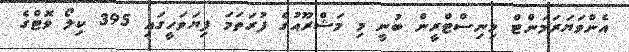
އެންވަޔަރަމަންޓް މިނިސްޓްރީން ބުނީ މި މަޝްރޫއުގެ ފުރަތަމަ ފިޔަވަހީގައި 395 ކިލޯ ވޮޓްގެ